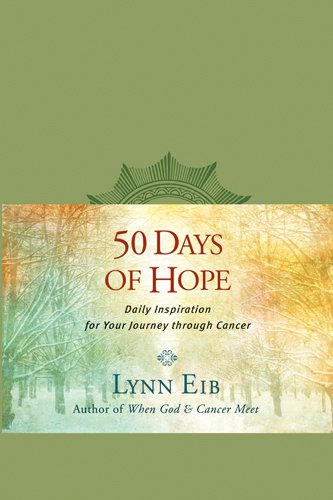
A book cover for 50 Days of Hope: Daily Inspiration for Your Journey through Cancer; Lynn Eib; Health, Fitness & Dieting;